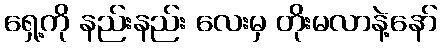
ရှေ့ကို နည်းနည်း လေးမှ တိုးမလာနဲ့နော်